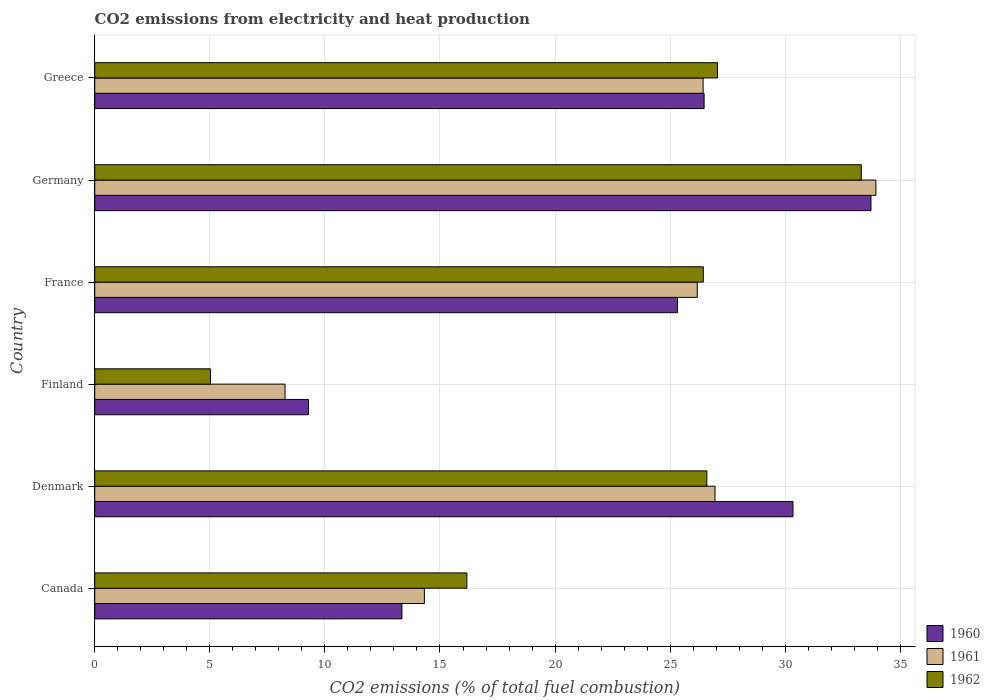
| Country | 1960 | 1961 | 1962 |
 | --- | --- | --- | --- |
 | Canada | 13.3 | 14.3 | 16.2 |
 | Denmark | 30.3 | 26.9 | 26.6 |
 | Finland | 9.29 | 8.27 | 5.03 |
 | France | 25.3 | 26.2 | 26.4 |
 | Germany | 33.7 | 33.9 | 33.3 |
 | Greece | 26.5 | 26.4 | 27.1 |